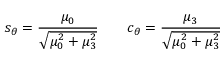
s _ { \theta } = \frac { \mu _ { 0 } } { \sqrt { \mu _ { 0 } ^ { 2 } + \mu _ { 3 } ^ { 2 } } } \qquad c _ { \theta } = \frac { \mu _ { 3 } } { \sqrt { \mu _ { 0 } ^ { 2 } + \mu _ { 3 } ^ { 2 } } }